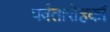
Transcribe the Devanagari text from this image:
पर्वतारोहकों